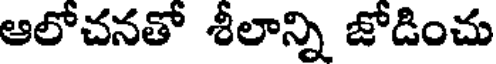
ఆలోచనతో శీలాన్ని జోడించు